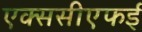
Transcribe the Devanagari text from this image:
एक्ससीएफई